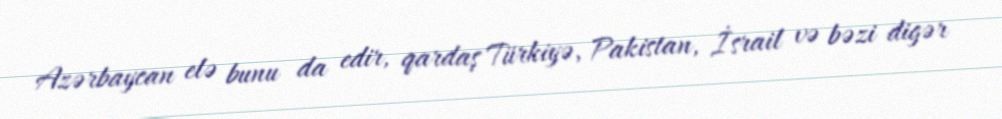
Azərbaycan elə bunu da edir, qardaş Türkiyə, Pakistan, İsrail və bəzi digər